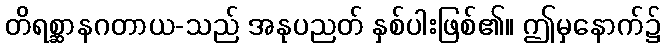
တိရစ္ဆာနဂတာယ-သည် အနုပညတ် နှစ်ပါးဖြစ်၏။ ဤမှနောက်၌